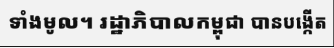
ទាំងមូល។ រដ្ឋាភិបាលកម្ពុជា បានបង្កើត